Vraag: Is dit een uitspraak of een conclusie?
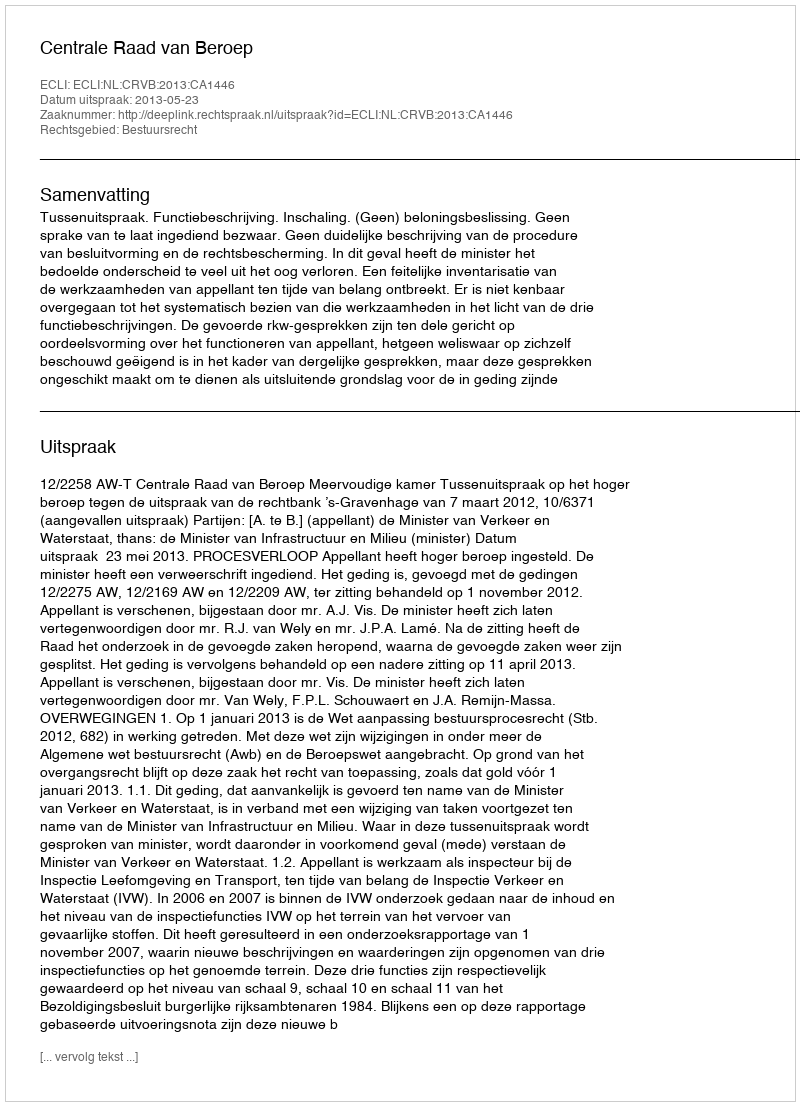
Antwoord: Uitspraak